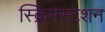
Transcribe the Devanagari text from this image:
स्क्रिप्तस्टेशन